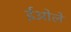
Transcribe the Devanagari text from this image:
ईओले